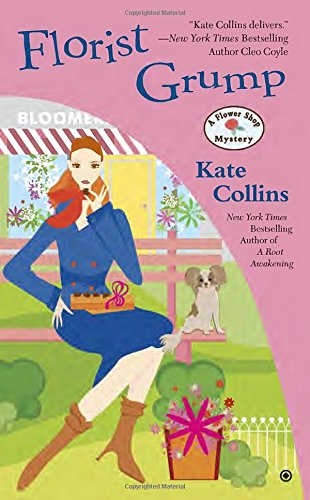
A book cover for Florist Grump: A Flower Shop Mystery; Kate Collins; Mystery, Thriller & Suspense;